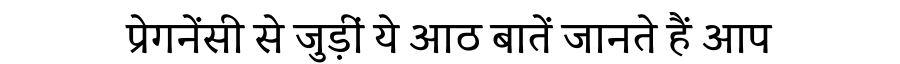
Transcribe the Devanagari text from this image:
प्रेगनेंसी से जुड़ीं ये आठ बातें जानते हैं आप